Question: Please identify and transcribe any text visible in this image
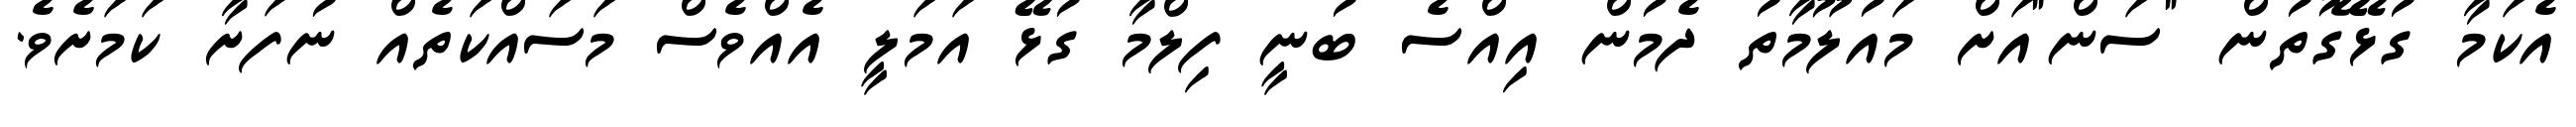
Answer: އެކަމާ ގުޅޭގޮތުން "ސަން"އަށް މައުލޫމާތު ދެމުން އިއްސެ ބުނީ ފިލްމާ ގުޅޭ އަމަލީ އެއްވެސް މަސައްކަތެއް ނުފަށާ ކަމަށެވެ.